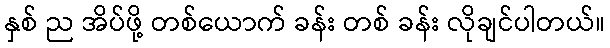
နှစ် ည အိပ်ဖို့ တစ်ယောက် ခန်း တစ် ခန်း လိုချင်ပါတယ်။